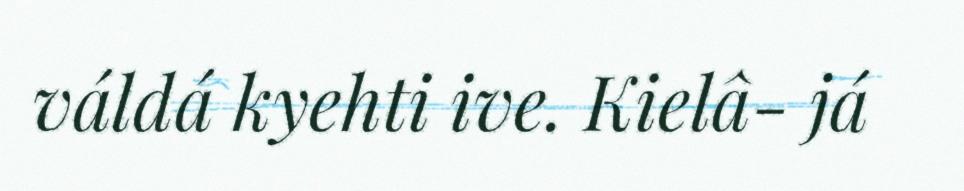
váldá kyehti ive. Kielâ- já